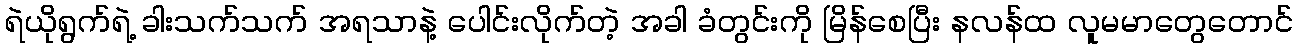
ရဲယိုရွက်ရဲ့ ခါးသက်သက် အရသာနဲ့ ပေါင်းလိုက်တဲ့ အခါ ခံတွင်းကို မြိန်စေပြီး နလန်ထ လူမမာတွေတောင်